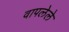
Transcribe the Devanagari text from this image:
वापलेले